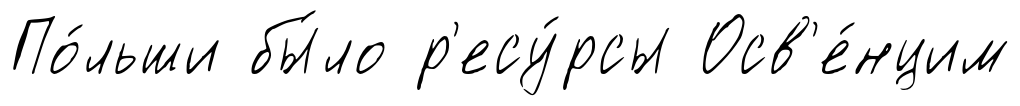
По́льши бы́ло р'есу́рсы Осв'е́нцим